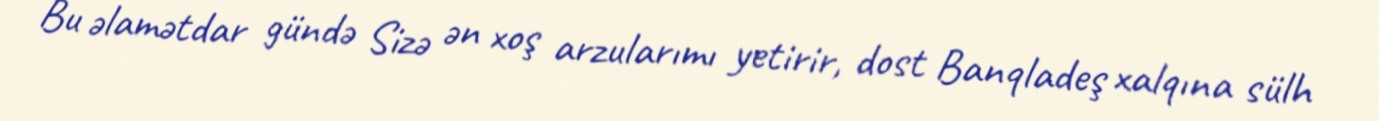
Bu əlamətdar gündə Sizə ən xoş arzularımı yetirir, dost Banqladeş xalqına sülh